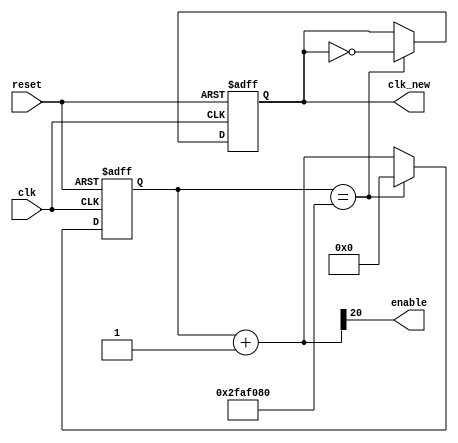
module fre_divider_50M_en(
    input clk,
    output clk_new,
    input reset,
    output enable
    );
    
reg clk_new;
reg [26:0] count_n;
reg [26:0] count_p;

assign enable = count_n[20];
        
always @(count_p)
begin
    count_n = count_p + 27'd1;
end 
       
always @(posedge clk or negedge reset)
begin
    if (~reset)
    begin
        count_p <= 27'd0;
        clk_new <= 0;
    end
    else
    begin
        count_p <= count_n;
        if (count_p == 27'd50000000)
        begin
            count_p <= 27'd0;
            clk_new <= ~clk_new;
        end
    end
end
  
endmodule